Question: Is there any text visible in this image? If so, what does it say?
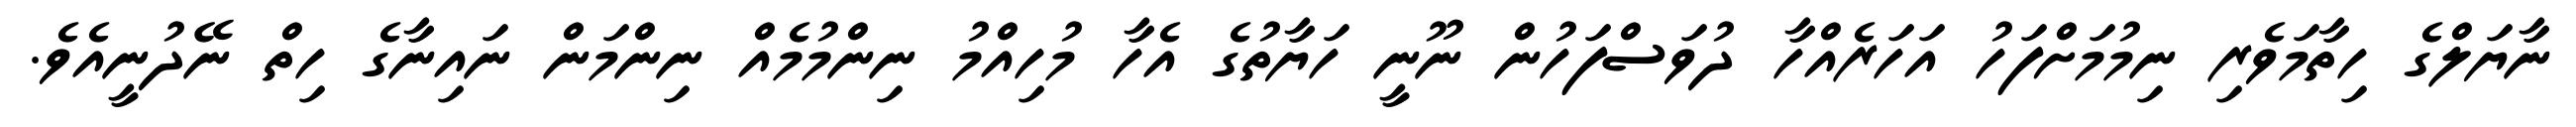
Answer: ނާޔަލްގެ ހިތާމަވެރި ނިމުމަށްފަހު އަހަރެއްހާ ދުވަސްފަހުން ނޫނީ ހަޔާތުގެ އެހާ މުހިއްމު ނިންމުމެއް ނިންމަން ނައިނާގެ ހިތް ނޭދުނީއެވެ.